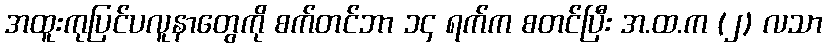
အထူးကုပြင်ပလူနာတွေကို စက်တင်ဘာ ၁၄ ရက်က စတင်ပြီး အ.ထ.က (၂) လသာ